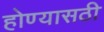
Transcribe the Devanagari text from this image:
होण्यासठी